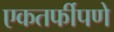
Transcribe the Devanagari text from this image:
एकतर्फीपणे